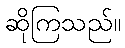
ဆိုကြသည်။